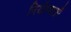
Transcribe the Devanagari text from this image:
निर्योग्यताएँ